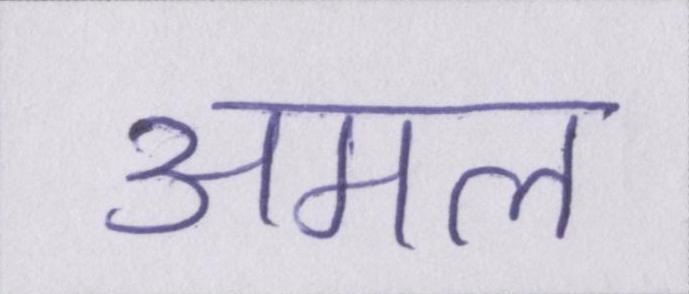
अमल